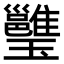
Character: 𤫔